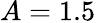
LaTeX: A=1.5